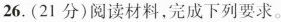
26.(21分)阅读材料，完成下列要求。